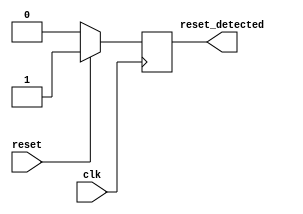
module sync_reset_detector (
    input wire clk,          // Clock signal
    input wire reset,        // Synchronous reset signal
    output reg reset_detected // Output indicating reset state
);

// Always block triggered on the rising edge of the clock
always @(posedge clk) begin
    // Check the state of the reset signal
    if (reset) begin
        reset_detected <= 1'b1; // Set output high if reset is active
    end else begin
        reset_detected <= 1'b0; // Set output low if reset is inactive
    end
end

endmodule